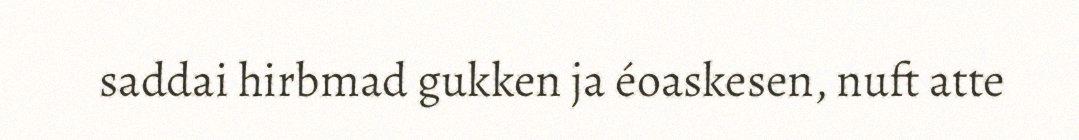
saddai hirbmad gukken ja éoaskesen, nuft atte